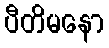
ပီတိမနော